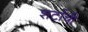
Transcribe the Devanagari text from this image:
शर्टाची